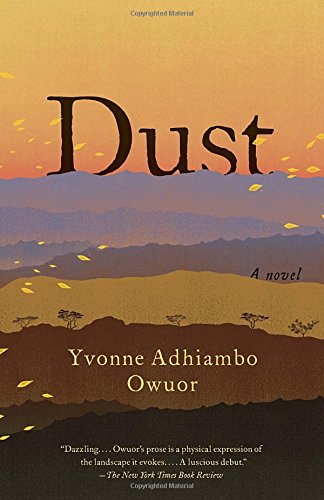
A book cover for Dust; Yvonne Adhiambo Owuor; Literature & Fiction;